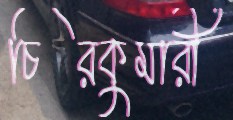
চিরকুমারী